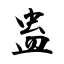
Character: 蛊